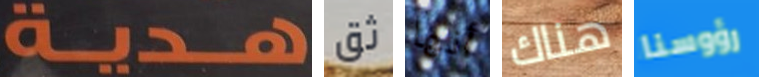
هدية ثق أنها هناك رؤوسنا